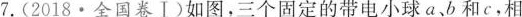
7. ( 2018 · 全国卷Ⅰ) 如图，三个固定的带电小球 a、b 和 c，相